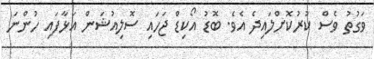
ވަގުތު ވެސް ކުރުކޮށްލައިދެ އެވެ. ބޮޑު އޯކިޑް ޖަހައި ސޮލިއުޝަން އަޅާފައި ހުންނަ